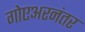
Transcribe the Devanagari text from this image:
गोएअरनंतर